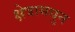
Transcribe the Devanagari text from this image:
क्षेत्रामधुन